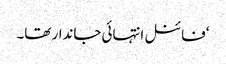
‘فائنل انتہائی جاندار تھا۔